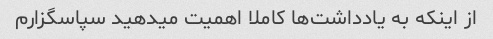
از اینکه به یادداشت‌ها کاملا اهمیت میدهید سپاسگزارم